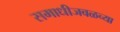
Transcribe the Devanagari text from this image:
समाधीजवळच्या